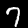
Label: 7